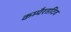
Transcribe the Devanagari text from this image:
कम्पैरतटिव